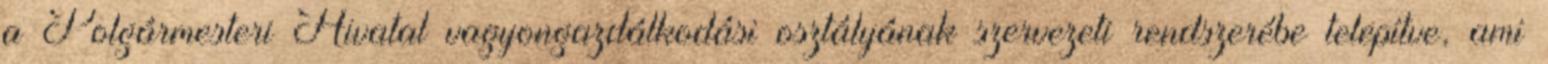
a Polgármesteri Hivatal vagyongazdálkodási osztályának szervezeti rendszerébe telepítve, ami